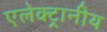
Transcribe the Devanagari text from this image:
एलेक्ट्रानीय